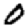
Digit: 0